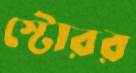
স্টোরর